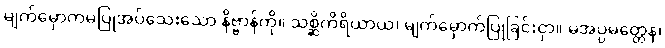
မျက်မှောကမပြုအပ်သေးသော နိဗ္ဗာန်ကို။ သစ္ဆိကိရိယာယ၊ မျက်မှောက်ပြုခြင်းငှာ။ မအပ္ပမတ္တေန၊